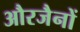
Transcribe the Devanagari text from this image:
औरजैनों